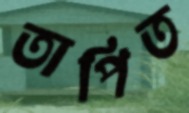
তাপিত